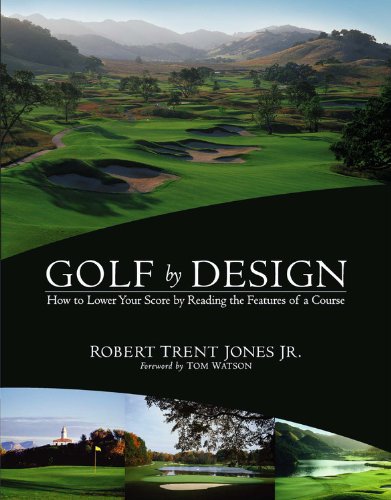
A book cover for Golf by Design: How to Lower Your Score by Reading the Features of a Course; Robert Trent Jones; Sports & Outdoors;